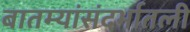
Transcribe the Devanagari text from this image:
बातम्यांसंदर्भातली